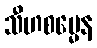
သီဟစမ္မေန